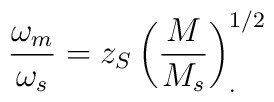
\frac{\omega_m}{\omega_s}=z_S \left( \frac {M}{M_s}\right)^{1/2}_{.}